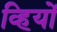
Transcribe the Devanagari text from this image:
व्हियों